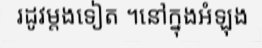
រដូវម្តងទៀត ។នៅក្នុងអំឡុង